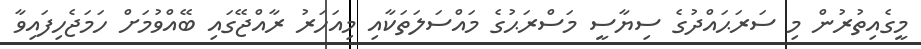
މީގެއިތުރުން މި ސަރަޙައްދުގެ ސިޔާސީ މަސްރަޙުގެ މައްސަލަތަކާއި މިއަހަރު ރާއްޖޭގައި ބޭއްވުމަށް ހަމަޖެހިފައިވާ